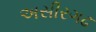
અસીરગઢ